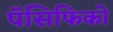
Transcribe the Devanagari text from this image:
पॅसिफिको